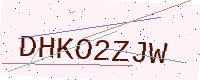
Text: DHKO2ZJW